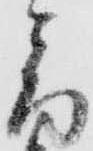
音